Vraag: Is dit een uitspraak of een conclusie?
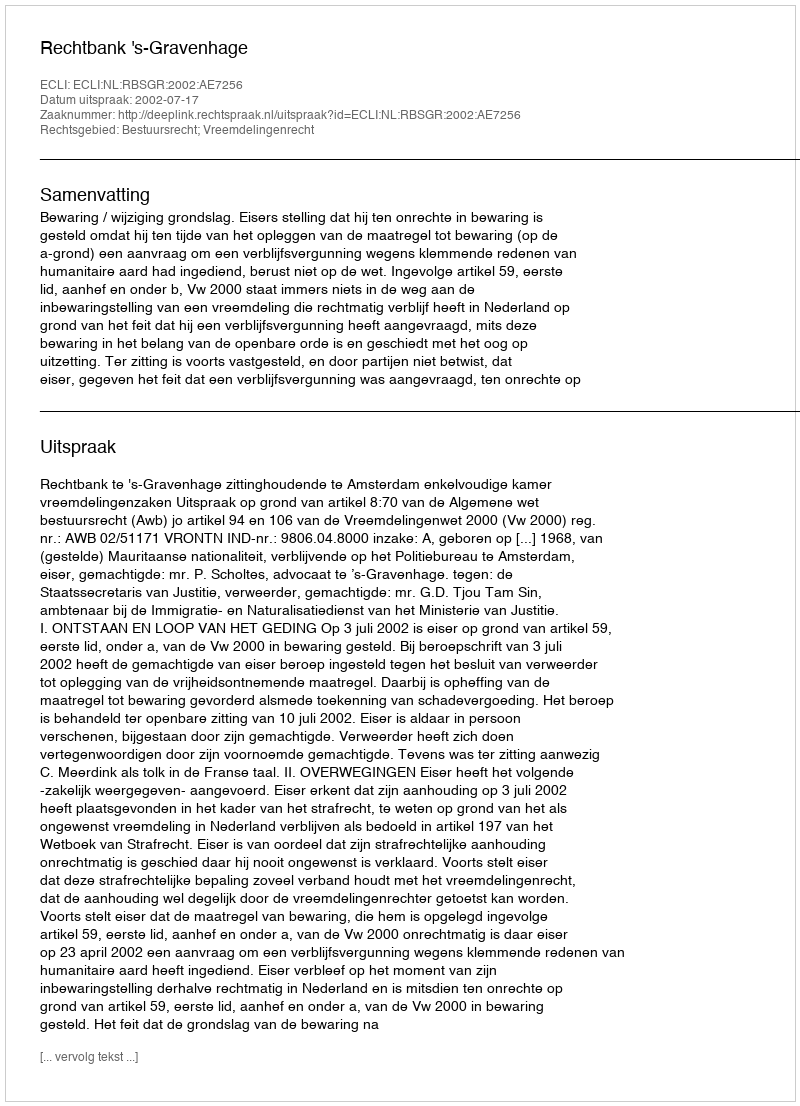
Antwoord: Uitspraak